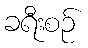
ခရီးစဉ်